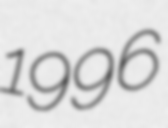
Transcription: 1996